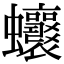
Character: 𧖗